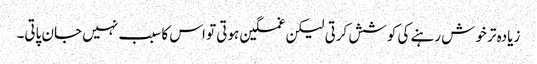
زیادہ تر خوش رہنے کی کوشش کرتی لیکن غمگین ہوتی تو اس کا سبب نہیں جان پاتی۔